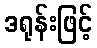
ဒရုန်းဖြင့်